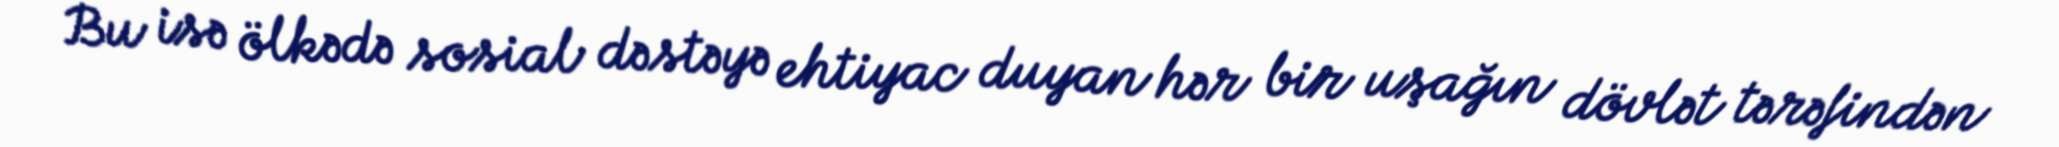
Bu isə ölkədə sosial dəstəyə ehtiyac duyan hər bir uşağın dövlət tərəfindən